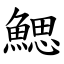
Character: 鰓